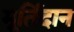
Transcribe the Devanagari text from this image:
मूर्तिदान